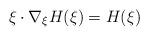
LaTeX: \begin{align*} \xi \cdot \nabla_\xi H(\xi) =H(\xi) \end{align*}